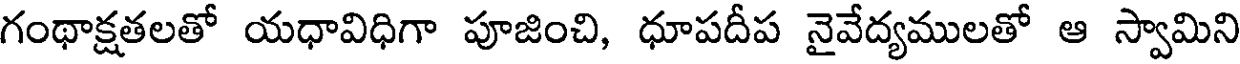
గంథాక్షతలతో యధావిధిగా పూజించి, ధూపదీప నైవేద్యములతో ఆ స్వామిని